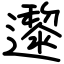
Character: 邌